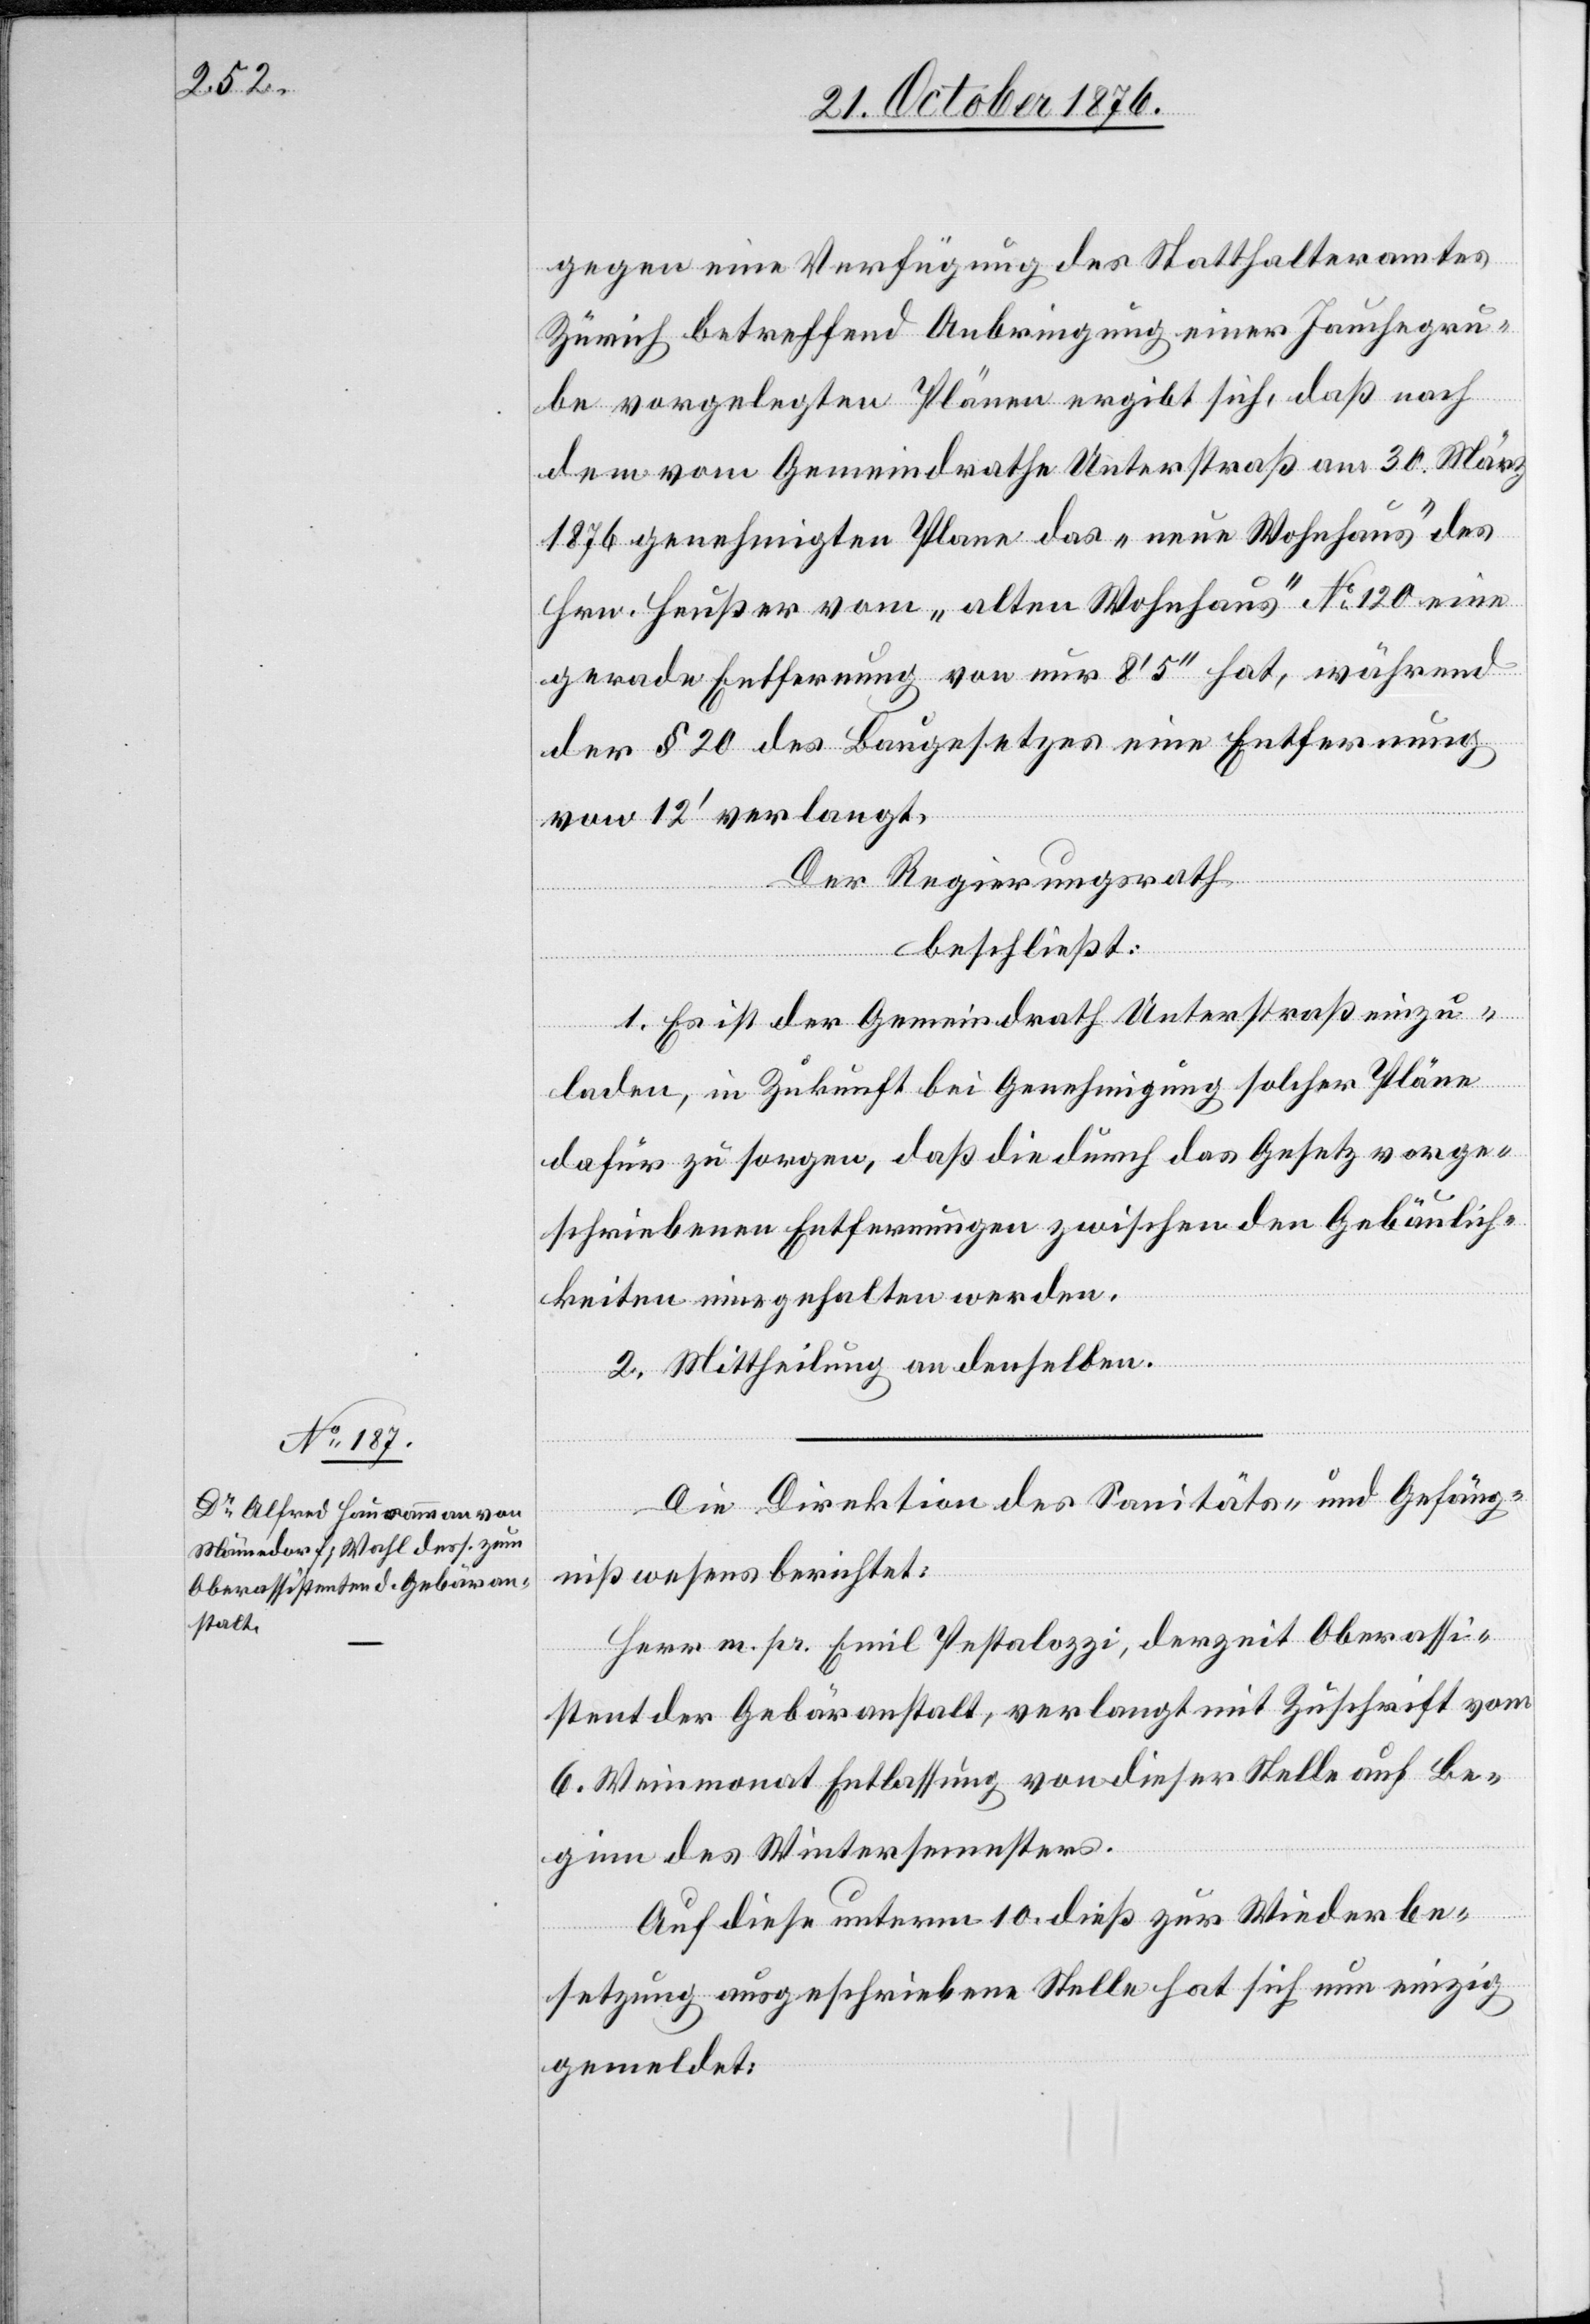
gegen eine Verfügung des Statthalteramtes
Zürich betreffend Anbringung einer Jauchegru¬
be vorgelegten Plänen [sic!] ergibt sich, daß nach
dem vom Gemeindrathe Unterstraß am 30. März
1876 genehmigten Plane das „neue Wohnhaus“ des
Hrn. Heußer vom „alten Wohnhaus“ No 120 eine
gerade Entfernung von nur 8‘ 5‘‘ hat, während
der § 20 des Baugesetzes eine Entfernung
von 12‘ verlangt.
Der Regierungsrath
beschließt:
1. Es ist der Gemeindrath Unterstraß einzu¬
laden, in Zukunft bei Genehmigung solcher Pläne
dafür zu sorgen, daß die durch das Gesetz vorge¬
schriebenen Entfernungen zwischen den Gebäulich¬
keiten eingehalten werden.
2. Mittheilung an denselben.
Die Direktion des Sanitäts- und Gefäng¬
nißwesens berichtet:
Herr m. pr. Emil Pestalozzi, derzeit Oberassi¬
stent der Gebäranstalt, verlangt mit Zuschrift vom
6. Weinmonat Entlassung von dieser Stelle auf Be¬
ginn des Wintersemesters.
Auf diese unterm 10. dieß zur Wiederbe¬
setzung ausgeschriebene Stelle hat sich nun einzig
gemeldet: